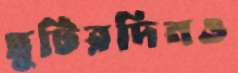
ছুটিরদিনও